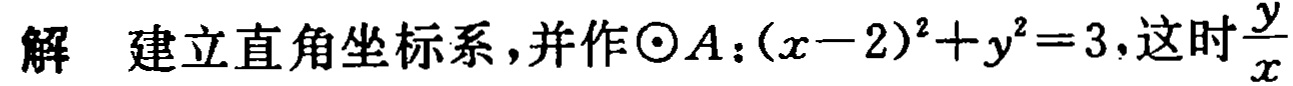
解 建立直角坐标系，并作$\odot A:(x - 2)^2 + y^2 = 3$, 这时$\frac{y}{x}$